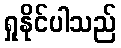
ရှုနိုင်ပါသည်